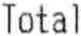
TOTAL